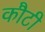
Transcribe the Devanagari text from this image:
कौटी